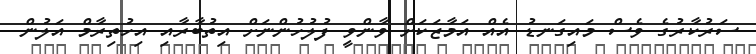
ސަރުކާރުގެ ވެސް މައިގަނޑު އެއް އަމާޒަކަށް ވާންވީ ފުލުހުންނަށް އިތުބާރާއި އިހުތިރާމް އަލުން